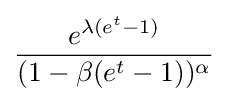
{\frac {e^{\lambda (e^{t}-1)}}{(1-\beta (e^{t}-1))^{\alpha }}}